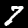
Digit: 7